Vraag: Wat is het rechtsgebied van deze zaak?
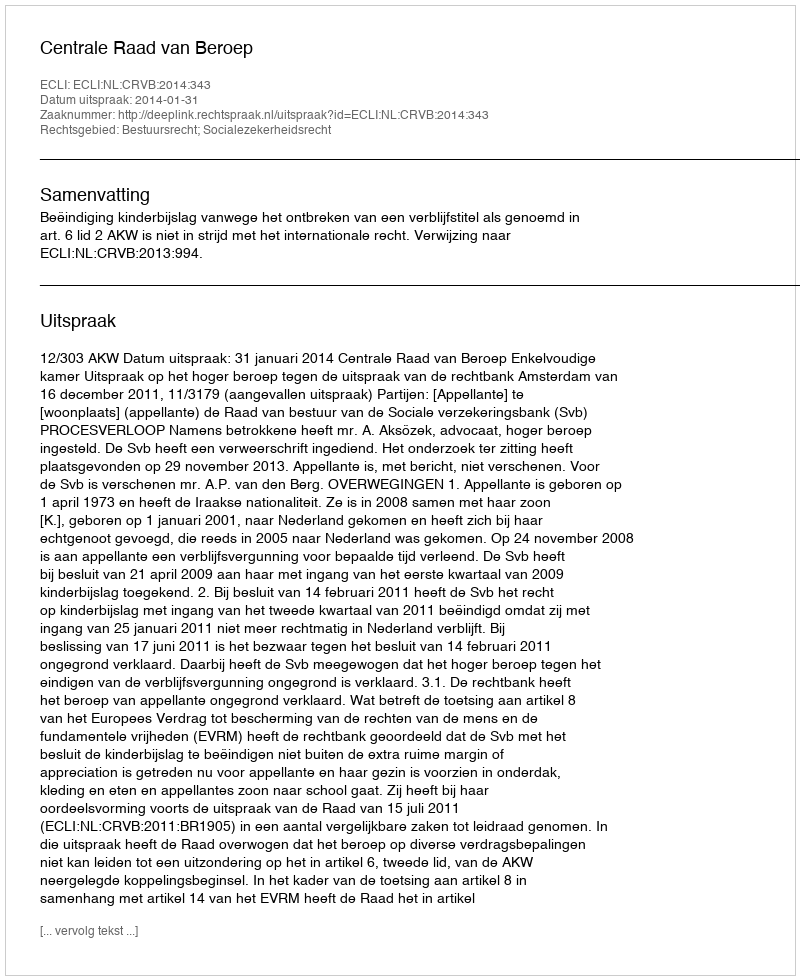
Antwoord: Bestuursrecht; Socialezekerheidsrecht